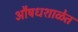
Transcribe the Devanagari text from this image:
औषधशाळेत